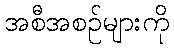
အစီအစဉ်များကို